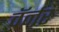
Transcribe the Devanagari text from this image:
वॅर्नर